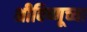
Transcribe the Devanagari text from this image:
श्रीविष्णूच्या